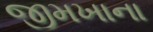
જીમખાના